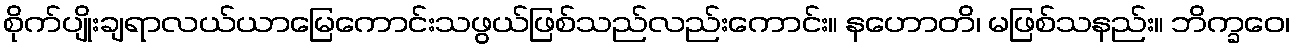
စိုက်ပျိုးချရာလယ်ယာမြေကောင်းသဖွယ်ဖြစ်သည်လည်းကောင်း။ နဟောတိ၊ မဖြစ်သနည်း။ ဘိက္ခဝေ၊